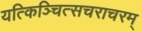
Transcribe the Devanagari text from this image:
यत्किञ्चित्सचराचरम्